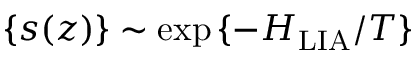
\{ s ( z ) \} \sim \exp { \{ - H _ { \mathrm { L I A } } / T \} }